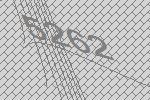
5262